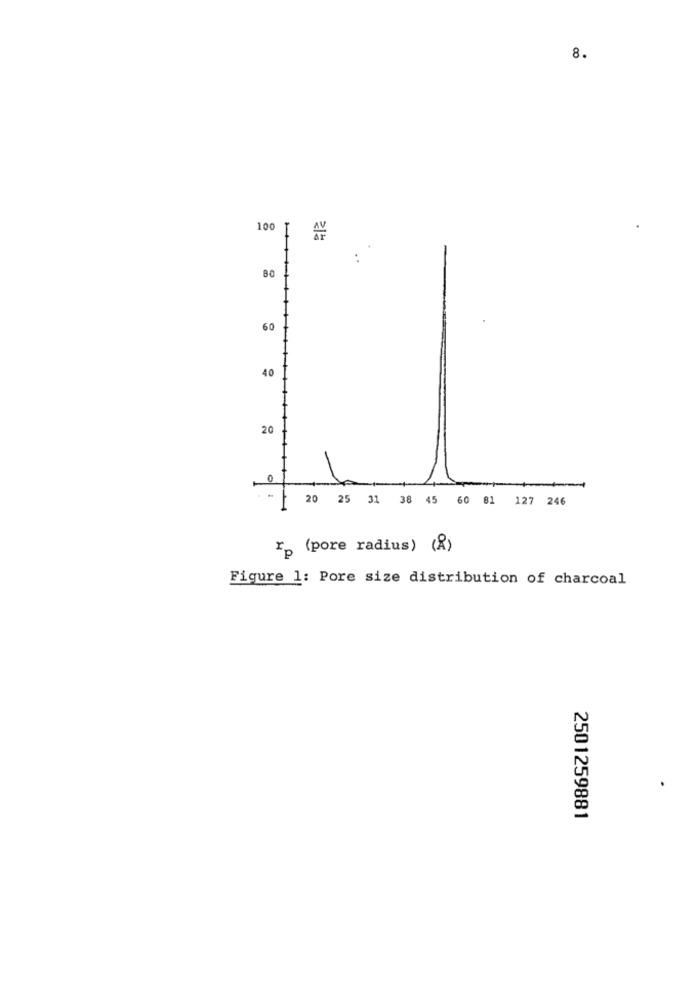
8.
100
21ª
80
60
40
20
0
20 25 31 38 45 60 81 127 246
rp (pore radius) (2)
Figure 1: Pore size distribution of charcoal
2501259881